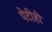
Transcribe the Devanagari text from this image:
पेटीही